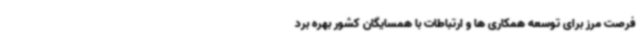
فرصت مرز برای توسعه همکاری ها و ارتباطات با همسایگان کشور بهره برد